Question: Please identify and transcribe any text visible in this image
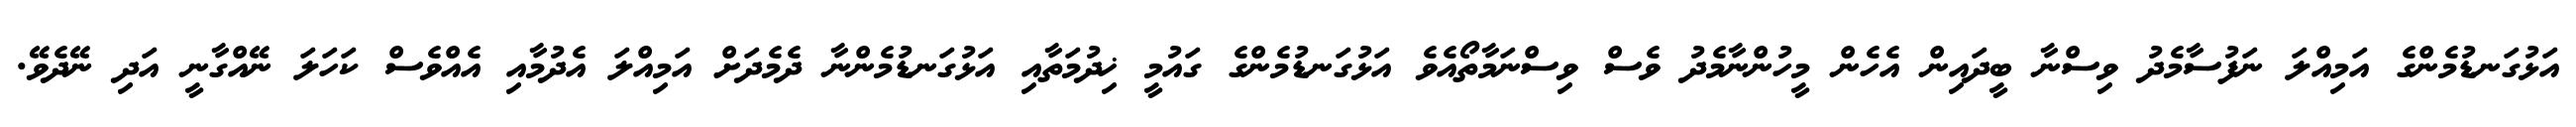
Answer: އަޅުގަނޑުމެންގެ އަމިއްލަ ނަފުސާމެދު ވިސްނާ ބީދައިން އެހެން މީހުންނާމެދު ވެސް ވިސްނަމާތޯއެވެ އަޅުގަނޑުމެންގެ ގައުމީ ޚިދުމަތާއި އަޅުގަނޑުމެންނާ ދެމެދަށް އަމިއްލަ އެދުމާއި އެއްވެސް ކަހަލަ ނޭއްގާނީ އަދި ނޭދެވޭ.